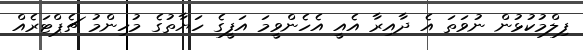
ފިލްމުކުޅުން ނުވަތަ އެ ދާއިރާ އެއީ އެހެންވީމަ އަފީގެ ހަޔާތުގެ މުހިންމު ޗެޕްޓަރެއް